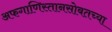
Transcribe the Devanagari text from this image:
अफगाणिस्तानसोबतच्या